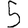
Digit: 5